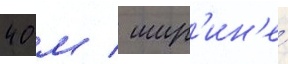
40 м / шир'ин'е́